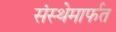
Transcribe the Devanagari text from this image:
संस्‍थेमार्फत